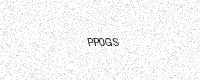
Text: PP0GS